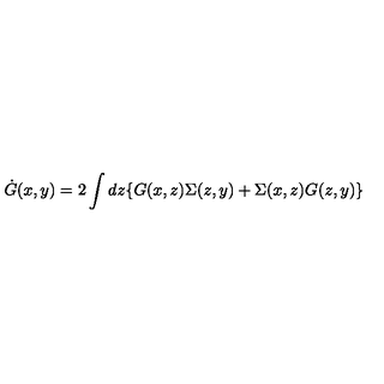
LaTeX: \dot { G } ( x , y ) = 2 \int d z \{ G ( x , z ) \Sigma ( z , y ) + \Sigma ( x , z ) G ( z , y ) \}